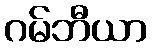
ဂမ်ဘီယာ